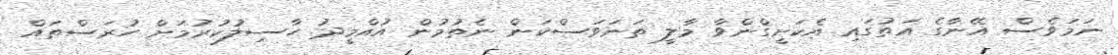
ނަމަވެސް އޭނާގެ އަތުގައި އެކަށީގްންވާ މާލީ ތަނަވަސްކަން ނެތުމުން އުއްމީދު ހާސިލުކުރުމަށް ހުރަސްތައް